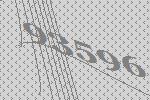
93596